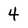
Character: 4